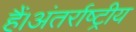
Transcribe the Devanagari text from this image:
हैं।अंतर्राष्ट्रीय